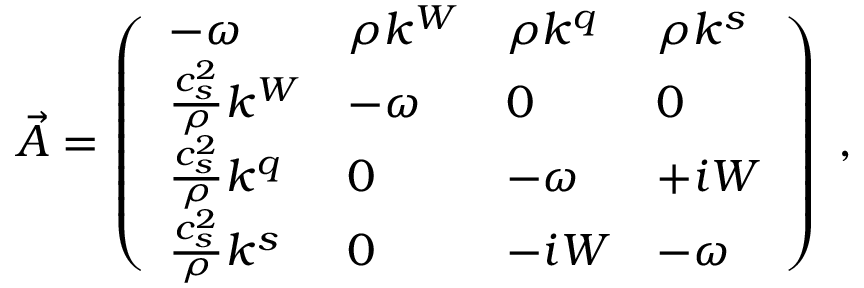
\vec { A } = \left( \begin{array} { l l l l } { - { \omega } } & { \rho k ^ { W } } & { \rho k ^ { q } } & { \rho k ^ { s } } \\ { \frac { c _ { s } ^ { 2 } } { \rho } k ^ { W } } & { - { \omega } } & { 0 } & { 0 } \\ { \frac { c _ { s } ^ { 2 } } { \rho } k ^ { q } } & { 0 } & { - { \omega } } & { + i W } \\ { \frac { c _ { s } ^ { 2 } } { \rho } k ^ { s } } & { 0 } & { - i W } & { - { \omega } } \end{array} \right) \; ,